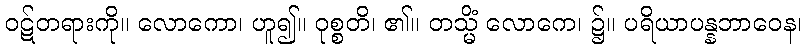
ဝဋ်တရားကို။ လောကော၊ ဟူ၍။ ဝုစ္စတိ၊ ၏။ တသ္မိံ လောကေ၊ ၌။ ပရိယာပန္နဘာဝေန၊